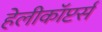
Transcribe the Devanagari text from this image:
हेलीकॉप्टर्स